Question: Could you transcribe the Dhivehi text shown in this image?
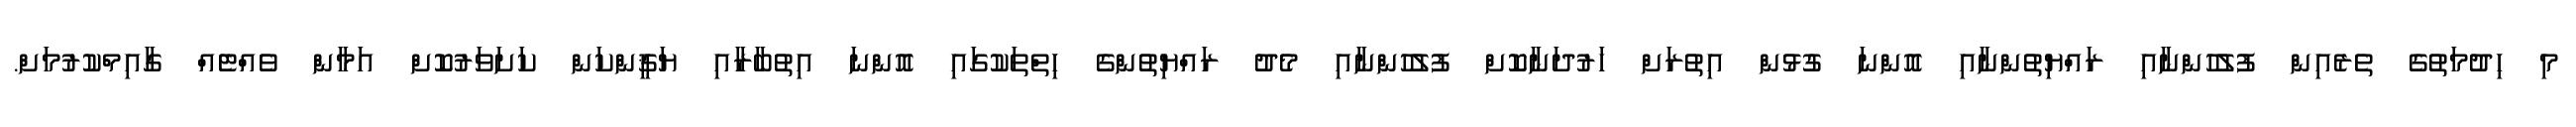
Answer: މި ހިދުމަތުގެ ތެރެއިން ފުލުހުންނާއި ރައްޔިތުންނާއި އޮންނަ ގުޅުން އިތުރަށް ހަރުދަނާކޮށް ފުލުހުންނާއި މެދު ރައްޔިތުންގެ ހިތްތަކުގައި އޮންނަ އިތުބާރާއި ޔަޤީންކަން ކަށަވަރުކޮށް އަމާން ވެއްޓެއް ގާއިމްކުރުމަށް.